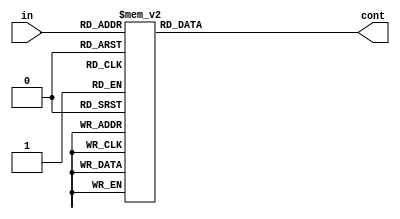
module SaidaEscA(in,cont);
	input [5:0] in;
	output [1:0] cont;

	always @(*)
	casex (in)
	   //00
		6'b 001110: cont = 2'b 0x; //# getM
		
		6'b 000000: cont = 2'b 1x; // 0..9
		6'b 000001: cont = 2'b 1x;
		6'b 000010: cont = 2'b 1x;
		6'b 000011: cont = 2'b 1x;
		6'b 000100: cont = 2'b 1x;
		6'b 000101: cont = 2'b 1x;
		6'b 000110: cont = 2'b 1x;
		6'b 000111: cont = 2'b 1x;
		6'b 001000: cont = 2'b 1x;
		6'b 001001: cont = 2'b 1x;
		
		6'b 001010: cont = 2'b xx; // A
		6'b 001011: cont = 2'b xx; // B +
		6'b 001100: cont = 2'b xx; // C - 
		6'b 001101: cont = 2'b xx; // D =
		6'b 001111: cont = 2'b xx; // * setM
		
		//01
		6'b 011110: cont = 2'b 0x; //# getM
		
		6'b 010000: cont = 2'b xx; // 0..9
		6'b 010001: cont = 2'b xx;
		6'b 010010: cont = 2'b xx;
		6'b 010011: cont = 2'b xx;
		6'b 010100: cont = 2'b xx;
		6'b 010101: cont = 2'b xx;
		6'b 010110: cont = 2'b xx;
		6'b 010111: cont = 2'b xx;
		6'b 011000: cont = 2'b xx;
		6'b 011001: cont = 2'b xx;
		
		6'b 011010: cont = 2'b xx; // A
		6'b 011011: cont = 2'b xx; // B +
		6'b 011100: cont = 2'b xx; // C - 
		6'b 011101: cont = 2'b xx; // D =
		6'b 011111: cont = 2'b xx; // * setM
		
		//11
		6'b 111110: cont = 2'b x0; //# getM
		
		6'b 110000: cont = 2'b x1; // 0..9
		6'b 110001: cont = 2'b x1;
		6'b 110010: cont = 2'b x1;
		6'b 110011: cont = 2'b x1;
		6'b 110100: cont = 2'b x1;
		6'b 110101: cont = 2'b x1;
		6'b 110110: cont = 2'b x1;
		6'b 110111: cont = 2'b x1;
		6'b 111000: cont = 2'b x1;
		6'b 111001: cont = 2'b x1;
		
		6'b 111010: cont = 2'b xx; // A
		6'b 111011: cont = 2'b xx; // B +
		6'b 111100: cont = 2'b xx; // C - 
		6'b 111101: cont = 2'b xx; // D =
		6'b 111111: cont = 2'b xx; // * setM
		
		//10
		6'b 101110: cont = 2'b x0; //# getM
		
		6'b 100000: cont = 2'b x1; // 0..9
		6'b 100001: cont = 2'b x1;
		6'b 100010: cont = 2'b x1;
		6'b 100011: cont = 2'b x1;
		6'b 100100: cont = 2'b x1;
		6'b 100101: cont = 2'b x1;
		6'b 100110: cont = 2'b x1;
		6'b 100111: cont = 2'b x1;
		6'b 101000: cont = 2'b x1;
		6'b 101001: cont = 2'b x1;
		
		6'b 101010: cont = 2'b xx; // A
		6'b 101011: cont = 2'b xx; // B +
		6'b 101100: cont = 2'b xx; // C - 
		6'b 101101: cont = 2'b xx; // D =
		6'b 101111: cont = 2'b xx; // * setM

		default: cont = 2'b 00;
	endcase
endmodule